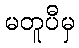
မတူပီမှ